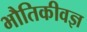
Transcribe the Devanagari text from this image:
भौतिकीवज्ञ